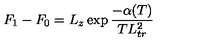
F _ { 1 } - F _ { 0 } = L _ { z } \exp { \frac { - \alpha ( T ) } { T L _ { t r } ^ { 2 } } }